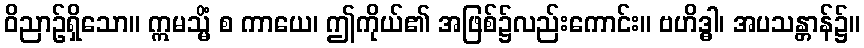
ဝိညာဉ်ရှိသော။ ဣမသ္မိံ စ ကာယေ၊ ဤကိုယ်၏ အဖြစ်၌လည်းကောင်း။ ဗဟိဒ္ဓါ၊ အပသန္တာန်၌။